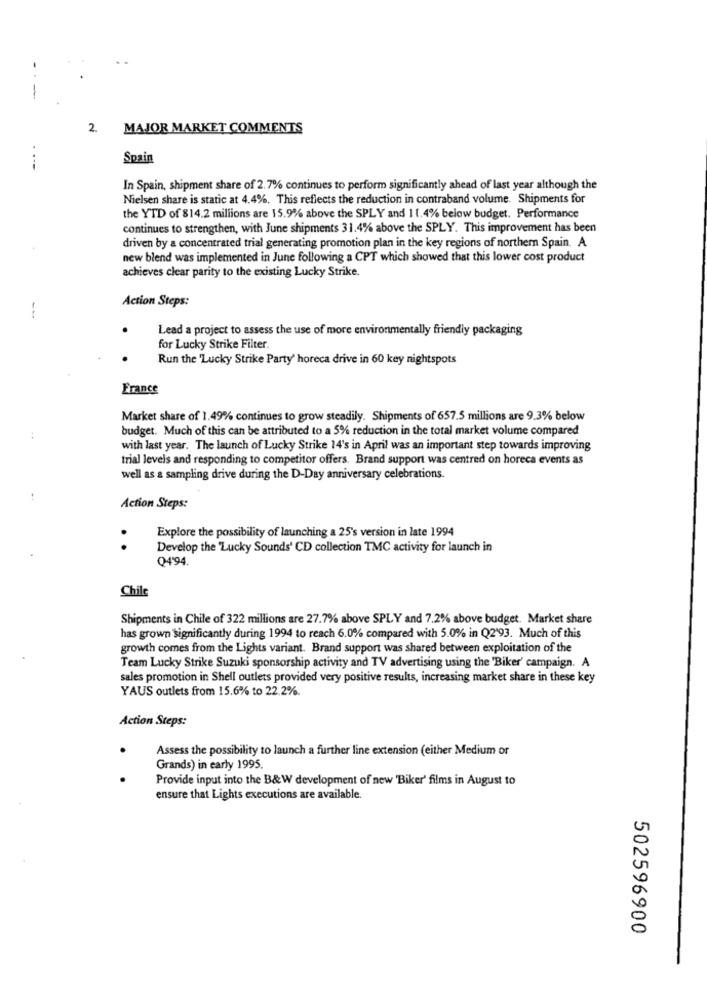
-
2.
MAJOR MARKET COMMENTS
Spain
In Spain, shipment share of 2.7% continues to perform significantly ahead of last year although the
Nielsen share is static at 4.4%. This reflects the reduction in contraband volume. Shipments for
the YTD of 814.2 millions are 15.9% above the SPLY and 11.4% below budget. Performance
continues to strengthen, with June shipments 31.4% above the SPLY. This improvement has been
driven by a concentrated trial generating promotion plan in the key regions of northern Spain. A
new blend was implemented in June following a CPT which showed that this lower cost product
achieves clear parity to the existing Lucky Strike.
Action Steps:
--
Lead a project to assess the use of more environmentally friendly packaging
for Lucky Strike Filter
Run the 'Lucky Strike Party' horeca drive in 60 key nightspots
France
Market share of 1.49% continues to grow steadily. Shipments of 657.5 millions are 9.3% below
budget. Much of this can be attributed to a 5% reduction in the total market volume compared
with last year. The launch of Lucky Strike 14's in April was an important step towards improving
trial levels and responding to competitor offers. Brand support was centred on horeca events as
well as a sampling drive during the D-Day anniversary celebrations.
Action Steps:
Explore the possibility of launching a 25's version in late 1994
. .
Develop the "Lucky Sounds' CD collection TMC activity for launch in
Q4'94.
Chile
Shipments in Chile of 322 millions are 27.7% above SPLY and 7.2% above budget. Market share
has grown significantly during 1994 to reach 6.0% compared with 5.0% in Q2'93. Much of this
growth comes from the Lights variant. Brand support was shared between exploitation of the
Team Lucky Strike Suzuki sponsorship activity and TV advertising using the 'Biker' campaign. A
sales promotion in Shell outlets provided very positive results, increasing market share in these key
YAUS outlets from 15.6% to 22.2%.
Action Steps:
Assess the possibility to launch a further line extension (either Medium or
Grands) in early 1995.
Provide input into the B&W development of new 'Biker' films in August to
ensure that Lights executions are available.
502596900